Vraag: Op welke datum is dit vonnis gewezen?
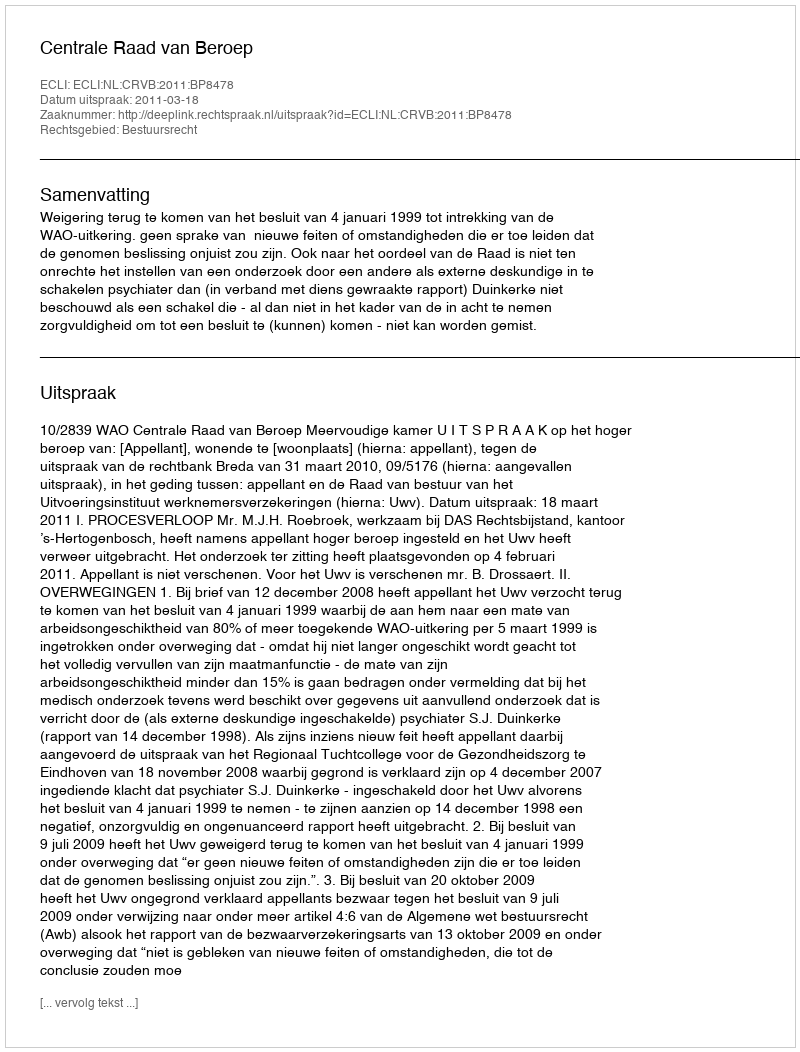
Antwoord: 2011-03-18